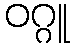
ဝဂ္ဂူ